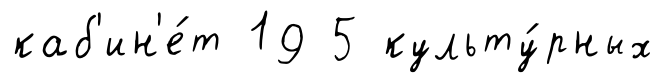
каб'ин'е́т 19 5 культу́рных